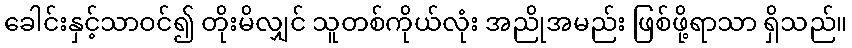
ခေါင်းနှင့်သာဝင်၍ တိုးမိလျှင် သူတစ်ကိုယ်လုံး အညိုအမည်း ဖြစ်ဖို့ရာသာ ရှိသည်။